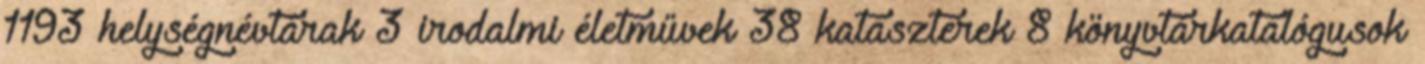
1193 helységnévtárak 3 irodalmi életművek 38 kataszterek 8 könyvtárkatalógusok